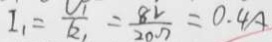
I _ { 1 } = \frac { U _ { 1 } } { R _ { 1 } } = \frac { 8 V } { 2 0 \Omega } = 0 . 4 A